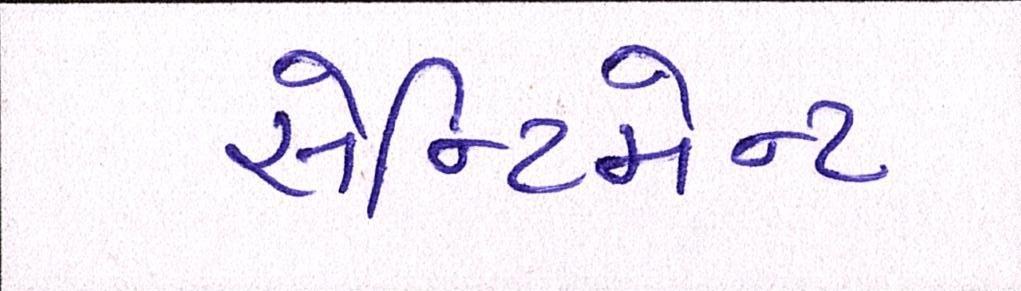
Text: સેન્ટિમેન્ટ